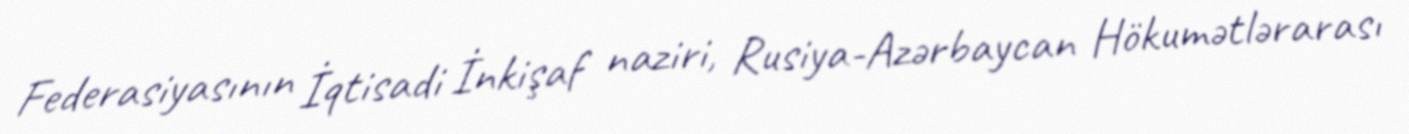
Federasiyasının İqtisadi İnkişaf naziri, Rusiya-Azərbaycan Hökumətlərarası